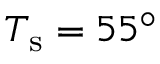
T _ { \mathrm { s } } = 5 5 ^ { \circ }